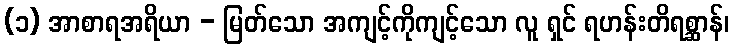
(၁) အာစာရအရိယာ - မြတ်သော အကျင့်ကိုကျင့်သော လူ ရှင် ရဟန်းတိရစ္ဆာန်၊